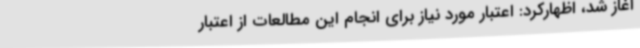
آغاز شد، اظهارکرد: اعتبار مورد نیاز برای انجام این مطالعات از اعتبار